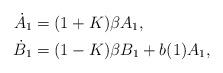
LaTeX: \begin{align*}\dot A_1 &=(1+K)\beta A_1, \\\dot B_1&=(1-K)\beta B_1+b(1)A_1, \end{align*}